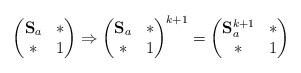
LaTeX: \begin{align*}\left(\begin{matrix}\mathbf{S}_{a} & *\\ * & 1\end{matrix}\right)\Rightarrow\left(\begin{matrix}\mathbf{S}_{a} & *\\ * & 1\end{matrix}\right)^{k+1}=\left(\begin{matrix}\mathbf{S}_{a}^{k+1} & *\\ * & 1\end{matrix}\right)\end{align*}